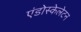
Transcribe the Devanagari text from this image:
एंडोस्केलेटन